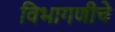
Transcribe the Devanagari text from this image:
विभागणीचे